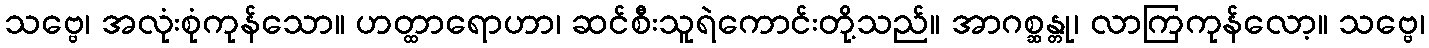
သဗ္ဗေ၊ အလုံးစုံကုန်သော။ ဟတ္ထာရောဟာ၊ ဆင်စီးသူရဲကောင်းတို့သည်။ အာဂစ္ဆန္တု၊ လာကြကုန်လော့။ သဗ္ဗေ၊